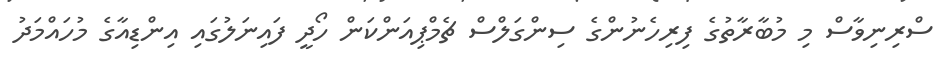
ސްރިނިވާސް މި މުބާރާތުގެ ފިރިހެނުންގެ ސިންގަލްސް ޗެމްޕިއަންކަން ހޯދީ ފައިނަލުގައި އިންޑިއާގެ މުހައްމަދު